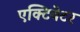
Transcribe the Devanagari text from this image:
एक्टिवेटर